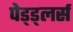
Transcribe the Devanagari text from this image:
पेड्ड्लर्स